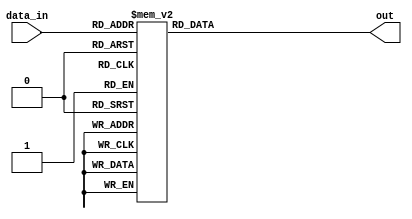
`timescale 1ns / 1ps
//////////////////////////////////////////////////////////////////////////////////
// 
// Design Name:     Encoder
// Module Name:     key_encoder 
// Project Name:    Keypad Controller
//
//////////////////////////////////////////////////////////////////////////////////
module key_encoder(
	input wire [5:0] data_in,
	output reg [6:0] out
);

    always @ (*) begin
        case(data_in)
            6'b001110: out = 7'h41; // col 0, row 0
			6'b001101: out = 7'h42; // col 0, row 1
			6'b001011: out = 7'h43; // col 0, row 2
			6'b000111: out = 7'h44; // col 0, row 3
			6'b011110: out = 7'h33; // col 1, row 0
			6'b011101: out = 7'h36; // col 1, row 1
			6'b011011: out = 7'h39; // col 1, row 2
			6'b010111: out = 7'h45; // col 1, row 3
			6'b101110: out = 7'h32; // col 2, row 0
			6'b101101: out = 7'h35; // col 2, row 1
			6'b101011: out = 7'h38; // col 2, row 2
			6'b100111: out = 7'h46; // col 2, row 3
			6'b111110: out = 7'h31; // col 3, row 0
			6'b111101: out = 7'h34; // col 3, row 1
			6'b111011: out = 7'h37; // col 3, row 2
			6'b110111: out = 7'h30; // col 3, row 3
			default: out = 7'h30;
        endcase
    end
    
endmodule